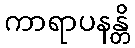
ကာရာပနန္တိ